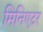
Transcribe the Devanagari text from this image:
मिनिएटर